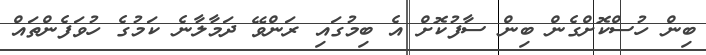
ބިން ހުސްކޮށްގެން ބިން ސާފުކޮށް އެ ބިމުގައި ރަންވޭ ދަމާލާނެ ކަމުގެ ހުވަފެންތައް